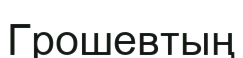
Грошевтың